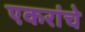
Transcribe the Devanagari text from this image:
एकरांचे